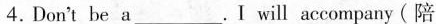
4.Don't be a___.Ⅰ will accompany (陪